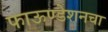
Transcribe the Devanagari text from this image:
फाऊण्डेशनचा